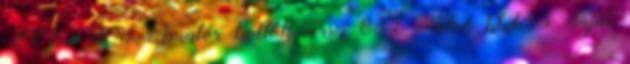
POET.HU Amatőr költők versei 692 Retró klub 3 Saját